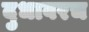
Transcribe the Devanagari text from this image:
दुधावरच